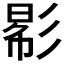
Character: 𢒠